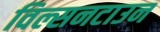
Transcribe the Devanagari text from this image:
विल्सनटाउन